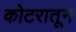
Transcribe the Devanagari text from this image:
कोटरातून